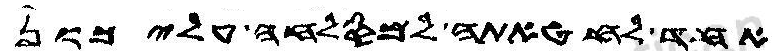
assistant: אחד לחטאתה למסלחה עליכון